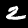
Digit: 2